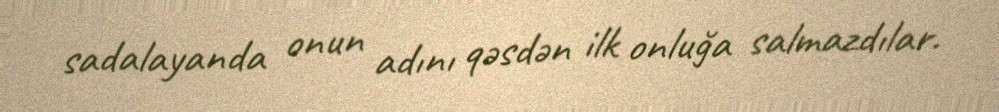
sadalayanda onun adını qəsdən ilk onluğa salmazdılar.